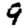
Digit: 9